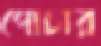
পোচার